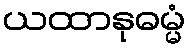
ယထာနုဓမ္မံ